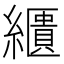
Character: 𦆠